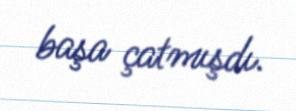
başa çatmışdı.